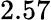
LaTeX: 2.57